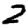
Digit: 2